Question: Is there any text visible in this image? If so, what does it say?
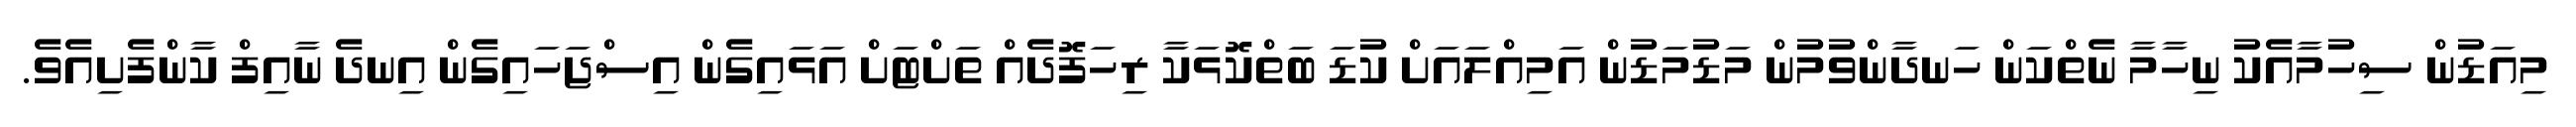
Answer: މިއަޑުން ސިހުމާއެކު ނިހާމާ ނެތްކަން ހަނދާންވުމުން މަޑުމަޑުން އަމިއްލައަށް ކުޑަ ބަތްކޮޅަކާ ރިހަފޮދެއް ތަށްޓަށް އަޅައިގެން އިސްޖަހައިގެން އިނދެ ނާއިފް ކާންފެށިއެވެ.